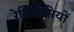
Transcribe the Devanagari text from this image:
रेज़िडेंसियों